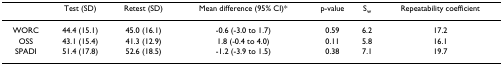
<table><thead><tr><td></td><td><b>Test (SD)</b></td><td><b>Retest (SD)</b></td><td><b>Mean difference (95% CI)*</b></td><td><b>p-value</b></td><td><b>S<sub>w</sub></b></td><td><b>Repeatability coefficient</b></td></tr></thead><tbody><tr><td>WORC</td><td>44.4 (15.1)</td><td>45.0 (16.1)</td><td>-0.6 (-3.0 to 1.7)</td><td>0.59</td><td>6.2</td><td>17.2</td></tr><tr><td>OSS</td><td>43.1 (15.4)</td><td>41.3 (12.9)</td><td>1.8 (-0.4 to 4.0)</td><td>0.11</td><td>5.8</td><td>16.1</td></tr><tr><td>SPADI</td><td>51.4 (17.8)</td><td>52.6 (18.5)</td><td>-1.2 (-3.9 to 1.5)</td><td>0.38</td><td>7.1</td><td>19.7</td></tr></tbody></table>